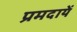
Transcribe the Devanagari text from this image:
प्रमदायें